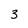
Character: 3